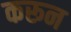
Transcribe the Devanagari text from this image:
करून